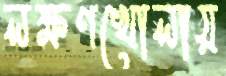
লক্ষণখোলায়